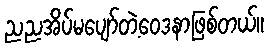
ညညအိပ်မပျော်တဲ့ဝေဒနာဖြစ်တယ်။